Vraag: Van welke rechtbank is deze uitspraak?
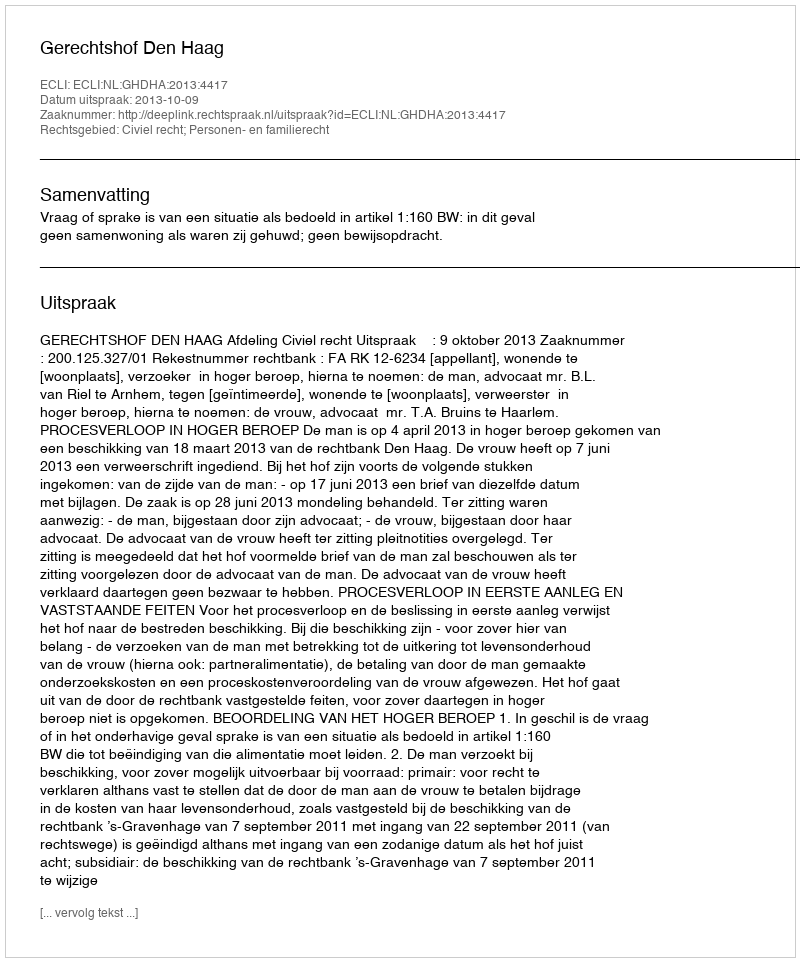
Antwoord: Gerechtshof Den Haag